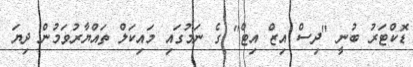
ޑޮކްޓަރު ބުނީ "ދިސް އިޒް އިޓް" ގެ ނަމުގައި މައިކަލް ތައްޔާރުވަމުން ދިޔަ